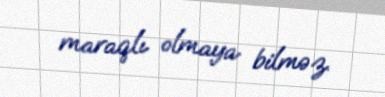
maraqlı olmaya bilməz.